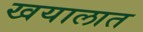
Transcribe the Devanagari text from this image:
खयालात